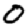
Digit: 0